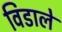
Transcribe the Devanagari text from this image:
विडाले